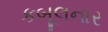
કબૂલનાર